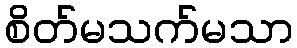
စိတ်မသက်မသာ